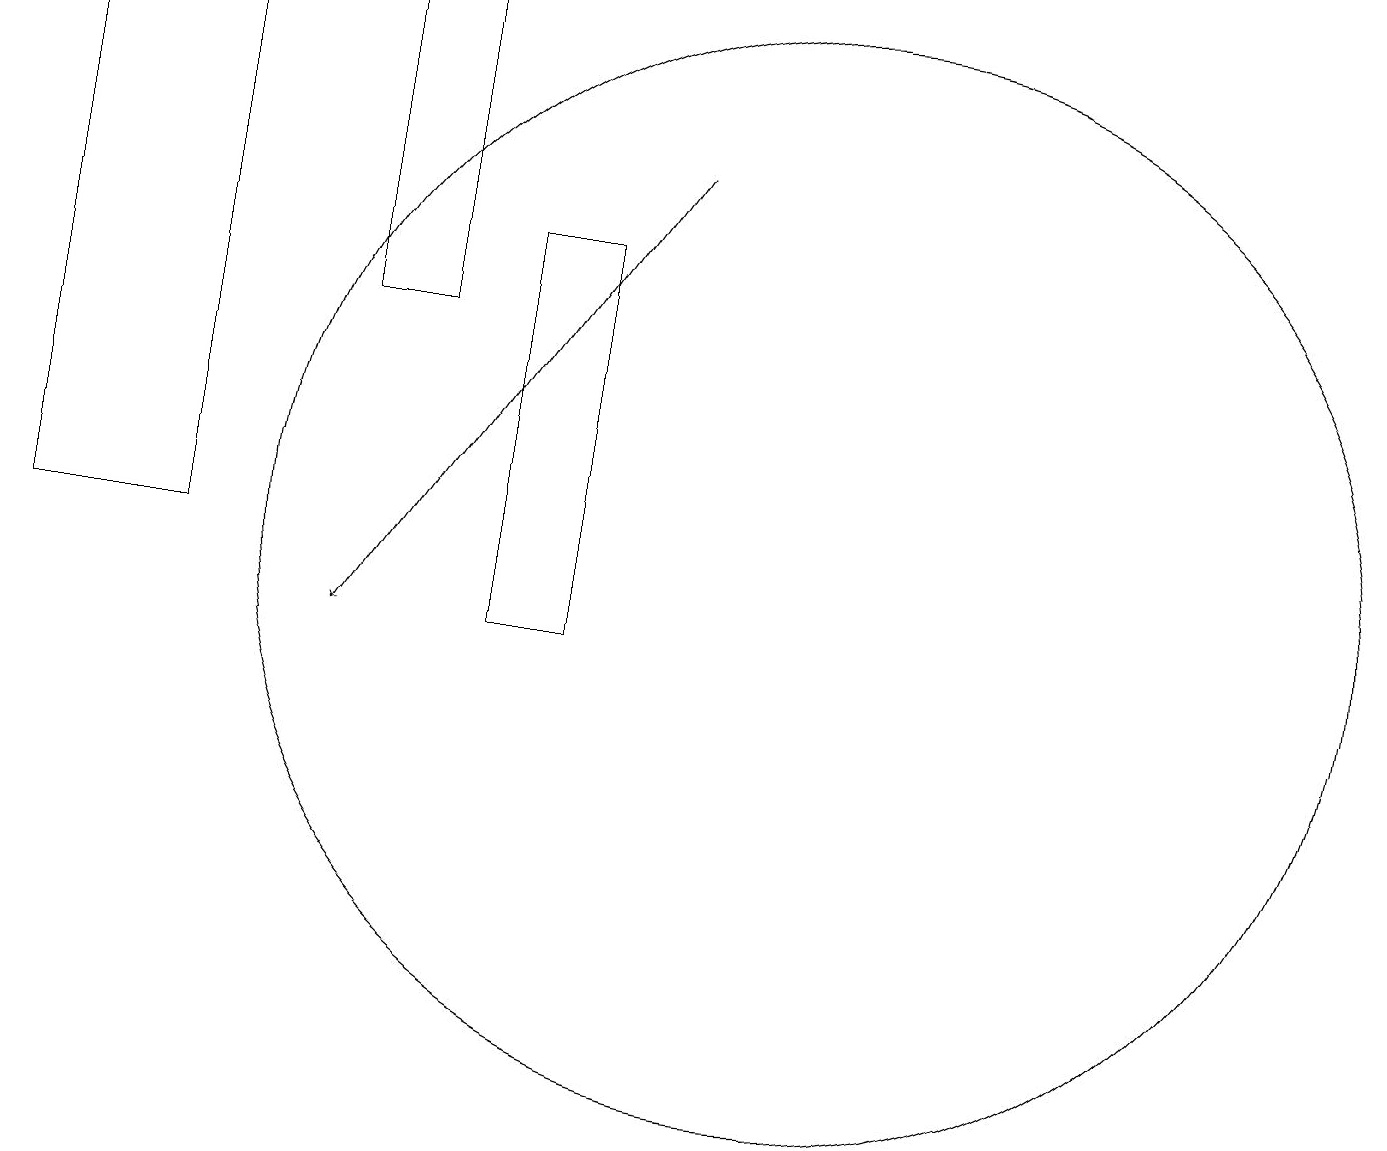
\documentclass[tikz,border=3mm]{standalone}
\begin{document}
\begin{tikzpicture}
\draw (6,18) rectangle (5,14);
\draw (8,10) rectangle (7,15);
\draw[->] (9,16) -- (5,10);
\draw (3,18) rectangle (1,11);
\draw (11,11) circle (7);
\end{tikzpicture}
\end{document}